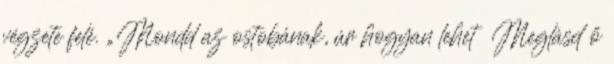
végzete felé. „Mondd az ostobának, úr hogyan lehet Meglásd ő